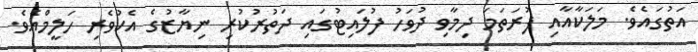
އަތުގައެވެ. މަލަކާއާއި ފުރަތަމަ ދިމާވި ދުވަހު ފުލައިޓުގައި ދަތުރުކުރި ނިޔާޒުގެ އެކުވެރި ހަލީމްއެވެ.